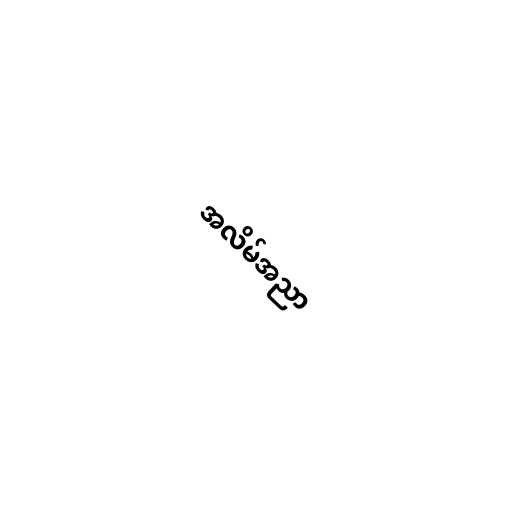
အလိမ်အညာ